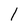
Character: l